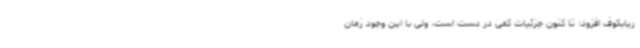
ریابکوف افزود: تا کنون جزئیات کمی در دست است، ولی با این وجود زمان